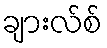
ချားလ်စ်